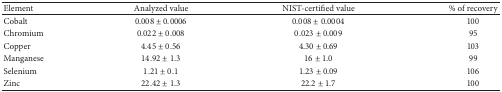
| Element | Analyzed value | NIST-certified value | % of recovery |
 | --- | --- | --- | --- |
 | Cobalt | 0.008 ± 0.0006 | 0.008 ± 0.0004 | 100 |
 | Chromium | 0.022 ± 0.008 | 0.023 ± 0.009 | 95 |
 | Copper | 4.45 ± 0.56 | 4.30 ± 0.69 | 103 |
 | Manganese | 14.92 ± 1.3 | 16 ± 1.0 | 99 |
 | Selenium | 1.21 ± 0.1 | 1.23 ± 0.09 | 106 |
 | Zinc | 22.42 ± 1.3 | 22.2 ± 1.7 | 100 |